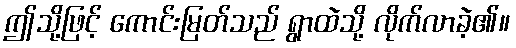
ဤသို့ဖြင့် ကောင်းမြတ်သည် ရွာထဲသို့ လိုက်လာခဲ့၏။